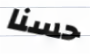
حسنا